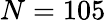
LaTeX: N=105